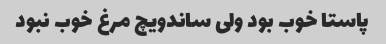
پاستا خوب بود ولی ساندویچ مرغ خوب نبود